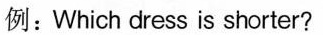
例：Which dress is shorter？